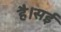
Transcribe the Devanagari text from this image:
है।सई